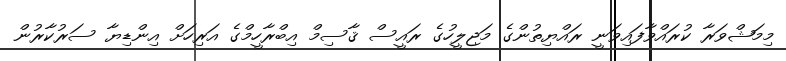
މިމަޝްވަރާ ކުރައްވާފައިވަނީ ރައްޔިތުންގެ މަޖިލީހުގެ ރައީސް ޤާސިމް އިބްރާހީމްގެ އަރިހަށް އިންޑިޔާ ސަރުކާރުން